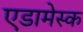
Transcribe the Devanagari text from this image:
एडामेस्क